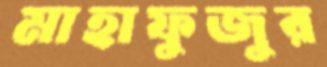
মাহাফুজুর